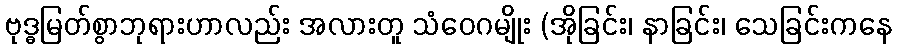
ဗုဒ္ဓမြတ်စွာဘုရားဟာလည်း အလားတူ သံဝေဂမျိုး (အိုခြင်း၊ နာခြင်း၊ သေခြင်းကနေ